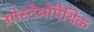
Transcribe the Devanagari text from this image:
ओस्टेओपैथिक